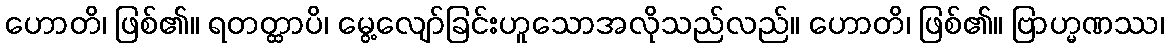
ဟောတိ၊ ဖြစ်၏။ ရတတ္ထာပိ၊ မွေ့လျော်ခြင်းဟူသောအလိုသည်လည်။ ဟောတိ၊ ဖြစ်၏။ ဗြာဟ္မဏဿ၊